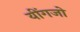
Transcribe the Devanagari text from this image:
यींगजो